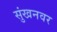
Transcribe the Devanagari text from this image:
सुंखनवर